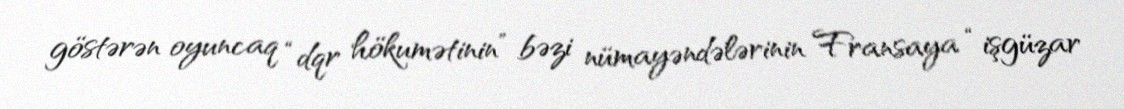
göstərən oyuncaq “dqr hökumətinin” bəzi nümayəndələrinin Fransaya “işgüzar